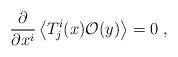
LaTeX: \begin{align*} \frac{\partial}{\partial x^i} \left\langle T^i_j (x) \mathcal{O}(y) \right\rangle =0~,\end{align*}